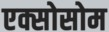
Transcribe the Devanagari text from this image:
एक्सोसोम